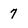
Character: 7